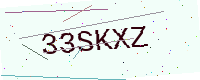
Text: 33SKXZ